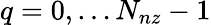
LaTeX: q=0,\ldots N_{nz}-1